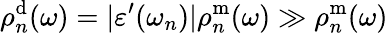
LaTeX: \rho_{n}^{\mathrm{d}}(\omega)=|\varepsilon^{\prime}(\omega_{n})|\rho_{n}^{\mathrm{m}}(\omega)\gg\rho_{n}^{\mathrm{m}}(\omega)